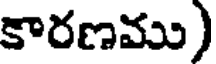
కారణము)